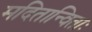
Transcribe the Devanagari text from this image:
मदितान्विताः